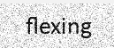
flexing